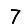
Digit: 7